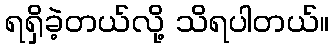
ရရှိခဲ့တယ်လို့ သိရပါတယ်။